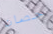
حصان